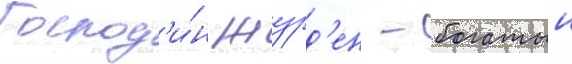
Господ'и́н журд'ен - богатыи